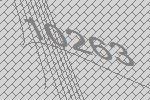
10263